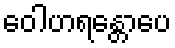
ဝေါဟရန္တောပေ